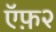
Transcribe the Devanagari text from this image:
ऍफ़२